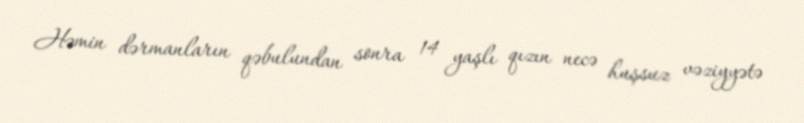
Həmin dərmanların qəbulundan sonra 14 yaşlı qızın necə huşsuz vəziyyətə